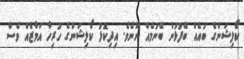
ކޯލިޝަންގެ ބައެއް ބޭފުޅުން ބޭނުމެއް ނޫނެވެ. އިދިކޮޅު ކޯލިޝަންގެ ހުރިހާ އަމާޒެއް ވެސް